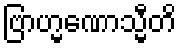
ဗြာဟ္မဏောသ္မီတိ